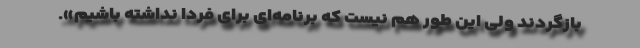
بازگردند ولی این طور هم نیست که برنامه‌ای برای فردا نداشته باشیم».